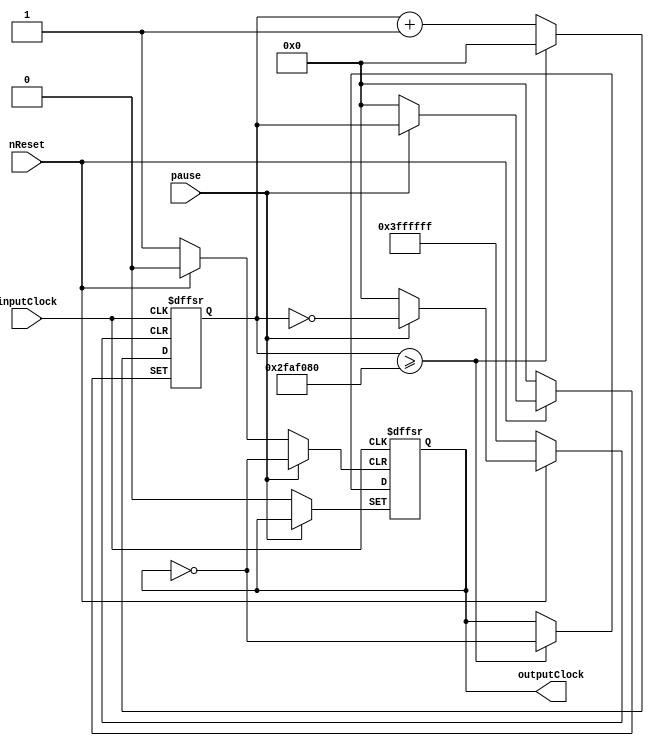
module RateDivider(inputClock, pause, nReset, outputClock);
	input inputClock, pause, nReset;
	output reg outputClock;
	parameter MAX_VAL = 26'd50_000_000;
	reg [25:0] counter;
	
	always @(posedge inputClock, posedge pause, negedge nReset)
	begin
	if (!nReset) begin
		outputClock <= 1'b0;
		counter <= 26'b0;
	end
	else if (pause) counter <= counter;
	else if (counter >= MAX_VAL) begin
		counter <= 26'b0;
		outputClock <= ~outputClock;
	end
	else counter <= counter + 26'b1;
	end
endmodule